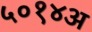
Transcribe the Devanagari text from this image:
५०१४अ